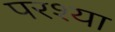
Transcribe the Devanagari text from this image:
परश्‍या